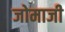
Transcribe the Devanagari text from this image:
जोमाजी